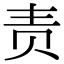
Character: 责